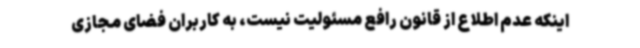
اینکه عدم اطلاع از قانون رافع مسئولیت نیست، به کاربران فضای مجازی